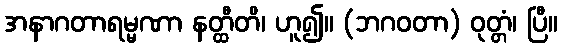
အနာဂတာရမ္မဏာ နတ္ထီတိ၊ ဟူ၍။ (ဘဂဝတာ) ဝုတ္တံ၊ ပြီ။